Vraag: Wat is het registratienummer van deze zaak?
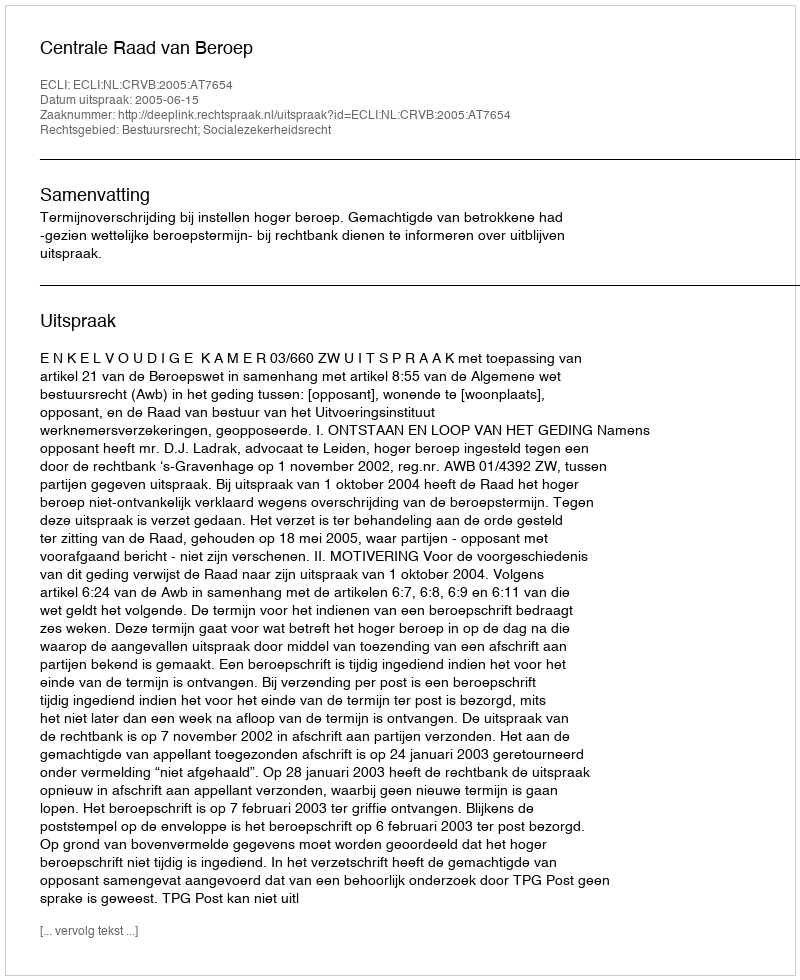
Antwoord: http://deeplink.rechtspraak.nl/uitspraak?id=ECLI:NL:CRVB:2005:AT7654